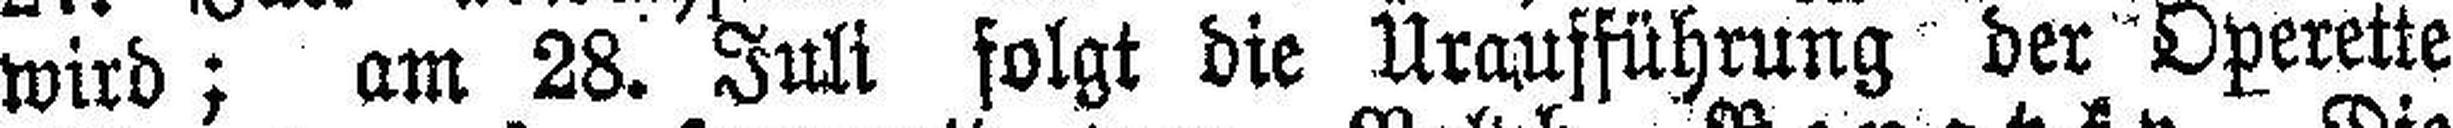
wird; am 28. Juli folgt die Uraufführung der Operette